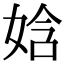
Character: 娢